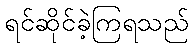
ရင်ဆိုင်ခဲ့ကြရသည်